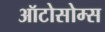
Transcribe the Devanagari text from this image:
ऑटोसोम्स